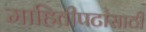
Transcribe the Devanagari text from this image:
माहितीपटांसाठी